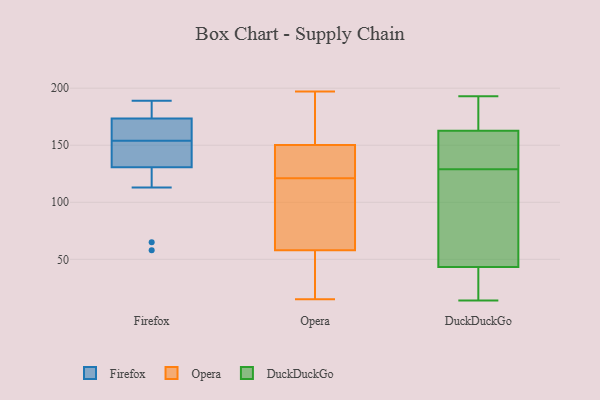
{"axis": {"x": "Shipments", "y": "Value"}, "legend": ["DuckDuckGo", "Firefox", "Opera"], "data": [{"x": "", "y": 141, "type": "Firefox"}, {"x": "", "y": 154, "type": "Firefox"}, {"x": "", "y": 65, "type": "Firefox"}, {"x": "", "y": 187, "type": "Firefox"}, {"x": "", "y": 137, "type": "Firefox"}, {"x": "", "y": 130, "type": "Firefox"}, {"x": "", "y": 182, "type": "Firefox"}, {"x": "", "y": 156, "type": "Firefox"}, {"x": "", "y": 178, "type": "Firefox"}, {"x": "", "y": 58, "type": "Firefox"}, {"x": "", "y": 133, "type": "Firefox"}, {"x": "", "y": 189, "type": "Firefox"}, {"x": "", "y": 113, "type": "Firefox"}, {"x": "", "y": 160, "type": "Firefox"}, {"x": "", "y": 159, "type": "Firefox"}, {"x": "", "y": 51, "type": "Opera"}, {"x": "", "y": 84, "type": "Opera"}, {"x": "", "y": 151, "type": "Opera"}, {"x": "", "y": 121, "type": "Opera"}, {"x": "", "y": 15, "type": "Opera"}, {"x": "", "y": 79, "type": "Opera"}, {"x": "", "y": 127, "type": "Opera"}, {"x": "", "y": 17, "type": "Opera"}, {"x": "", "y": 196, "type": "Opera"}, {"x": "", "y": 138, "type": "Opera"}, {"x": "", "y": 121, "type": "Opera"}, {"x": "", "y": 166, "type": "Opera"}, {"x": "", "y": 40, "type": "Opera"}, {"x": "", "y": 148, "type": "Opera"}, {"x": "", "y": 197, "type": "Opera"}, {"x": "", "y": 50, "type": "Opera"}, {"x": "", "y": 107, "type": "Opera"}, {"x": "", "y": 186, "type": "Opera"}, {"x": "", "y": 148, "type": "Opera"}, {"x": "", "y": 183, "type": "DuckDuckGo"}, {"x": "", "y": 148, "type": "DuckDuckGo"}, {"x": "", "y": 14, "type": "DuckDuckGo"}, {"x": "", "y": 134, "type": "DuckDuckGo"}, {"x": "", "y": 118, "type": "DuckDuckGo"}, {"x": "", "y": 165, "type": "DuckDuckGo"}, {"x": "", "y": 38, "type": "DuckDuckGo"}, {"x": "", "y": 156, "type": "DuckDuckGo"}, {"x": "", "y": 24, "type": "DuckDuckGo"}, {"x": "", "y": 193, "type": "DuckDuckGo"}, {"x": "", "y": 90, "type": "DuckDuckGo"}, {"x": "", "y": 189, "type": "DuckDuckGo"}, {"x": "", "y": 59, "type": "DuckDuckGo"}, {"x": "", "y": 129, "type": "DuckDuckGo"}, {"x": "", "y": 167, "type": "DuckDuckGo"}, {"x": "", "y": 20, "type": "DuckDuckGo"}, {"x": "", "y": 129, "type": "DuckDuckGo"}, {"x": "", "y": 20, "type": "DuckDuckGo"}, {"x": "", "y": 96, "type": "DuckDuckGo"}]}